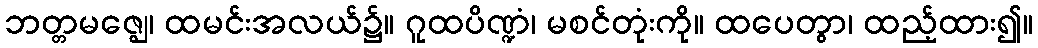
ဘတ္တမဇ္ဈေ၊ ထမင်းအလယ်၌။ ဂူထပိဏ္ဍံ၊ မစင်တုံးကို။ ထပေတွာ၊ ထည့်ထား၍။